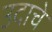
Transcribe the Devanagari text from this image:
उदाचे